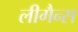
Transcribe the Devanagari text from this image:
लीगैन्स